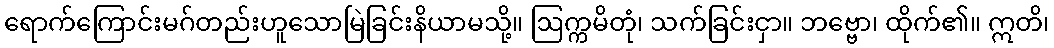
ရောက်ကြောင်းမဂ်တည်းဟူသောမြဲခြင်းနိယာမသို့။ ဩက္ကမိတုံ၊ သက်ခြင်းငှာ။ ဘဗ္ဗော၊ ထိုက်၏။ ဣတိ၊